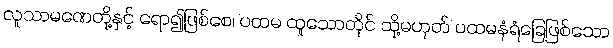
လူသာမဏေတို့နှင့် ရော၍ဖြစ်စေ၊ ပထမ ထူသောတိုင် သို့မဟုတ် ပထမနံရံခြေဖြစ်သော